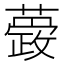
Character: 𮒆